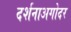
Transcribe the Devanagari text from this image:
दर्शनाअगोदर